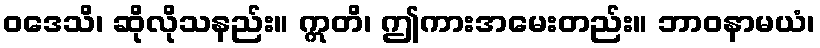
ဝဒေသိ၊ ဆိုလိုသနည်း။ ဣတိ၊ ဤကားအမေးတည်း။ ဘာဝနာမယံ၊